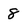
Character: 8